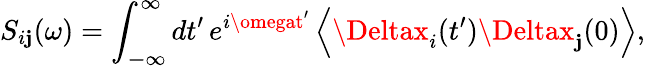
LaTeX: S_{i\mathbf{j}}(\omega)=\int_{\mathbb{{-\infty}}}^{\infty}dt^{\prime}\, e^{i\omegat^{\prime}}\left\langle\Deltax_{i}(t^{\prime})\Deltax_{\mathbf{j}}(0)\right\rangle,